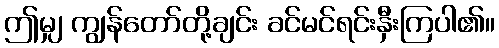
ဤမျှ ကျွန်တော်တို့ချင်း ခင်မင်ရင်းနှီးကြပါ၏။